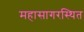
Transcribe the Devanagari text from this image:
महासागरस्थित